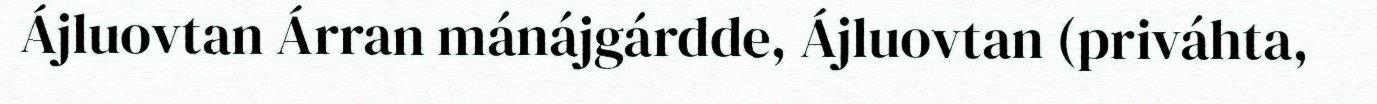
Ájluovtan Árran mánájgárdde, Ájluovtan (priváhta,